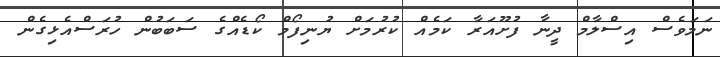
ނަމަވެސް އިސްލާމް ދީނާ ފުށޫއަރާ ކަމެއް ކުރުމަށް ޔުނިފޯމް ކޯޑެއްގެ ސަބަބުން ހުރަސްއެޅިގެން